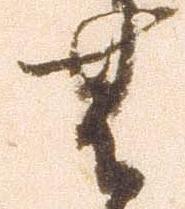
無